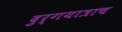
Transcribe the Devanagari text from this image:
दुर्गयात्राच